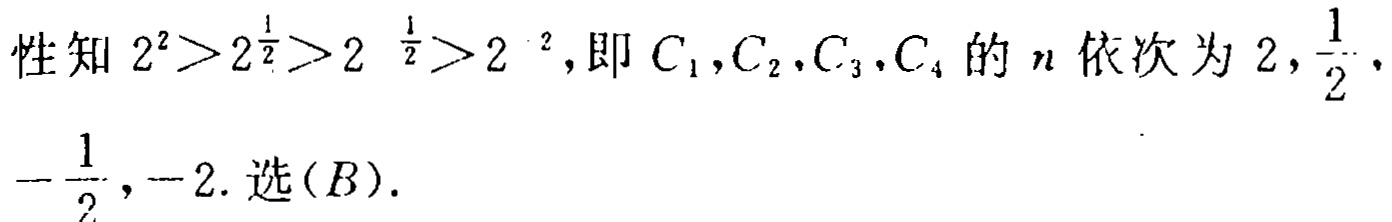
性知 \(2^{2}>2^{\frac{1}{2}}>2^{-\frac{1}{2}}>2^{- 2}\)，即 \(C_{1},C_{2},C_{3},C_{4}\) 的 \(n\) 依次为 \(2,\frac{1}{2},-\frac{1}{2},-2\). 选\((B)\).